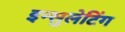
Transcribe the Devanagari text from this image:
इन्सुलेटिंग